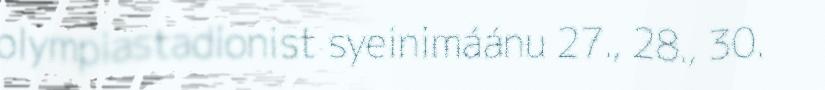
olympiastadionist syeinimáánu 27., 28., 30.